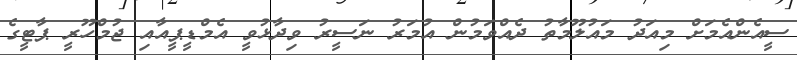
ސީއެންއެމަށް މިއަދު މައުލޫމާތު ދެއްވަމުން އުމަރު ނަސީރު ވިދާޅުވީ އެމްޑީޕީއާއި ޖުމްހޫރީ ޕާޓީގެ